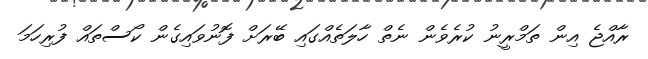
ރާއްޖެ އިން ތަމްރީނު ކުރެވެން ނެތް ހާލަތެއްގައި ބޭރަށް ފޮނުވައިގެން ކޯސްތައް ފުރިހަމަ